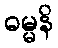
ဓမ္မနိ